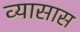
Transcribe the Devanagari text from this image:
व्यासास